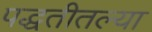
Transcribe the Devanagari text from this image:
पद्धतीतल्या